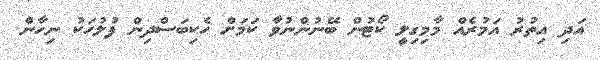
އަދި އިތުރު އަމުރެއް މާމިގިލީ ކޯޓުން ބޭނުންނުވާ ކަމަށް ހެކިބަސްދިން ފުލުހަކު ނިހާން